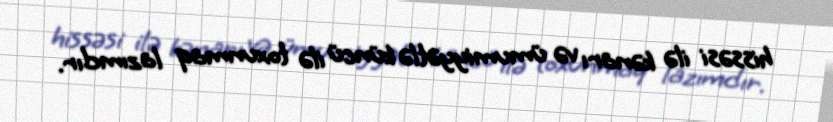
hissəsi ilə kənarı və ümumiyyətlə küncü ilə toxunmaq lazımdır.